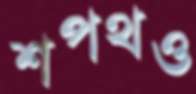
শপথও